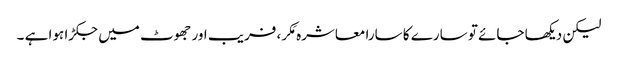
لیکن دیکھا جائے تو سارے کا سارا معاشرہ مَکر، فریب اور جھوٹ میں جکڑا ہوا ہے ۔